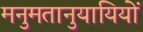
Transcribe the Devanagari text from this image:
मनुमतानुयायियों